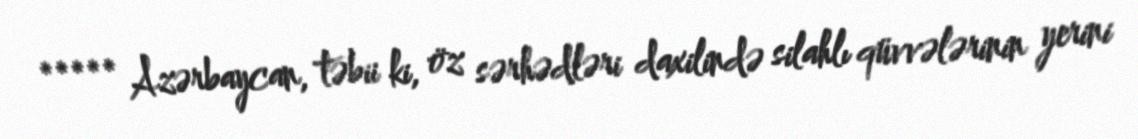
***** Azərbaycan, təbii ki, öz sərhədləri daxilində silahlı qüvvələrinin yerini